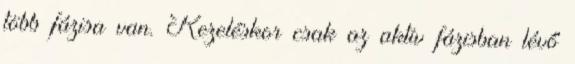
több fázisa van. Kezeléskor csak az aktív fázisban lévő